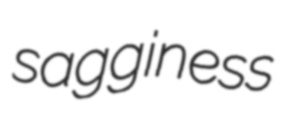
sagginess